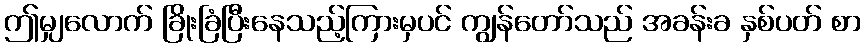
ဤမျှလောက် ခြိုးခြံပြီးနေသည့်ကြားမှပင် ကျွန်တော်သည် အခန်းခ နှစ်ပတ် စာ